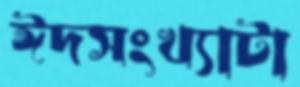
ঈদসংখ্যাটা